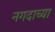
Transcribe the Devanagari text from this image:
नगदाच्या